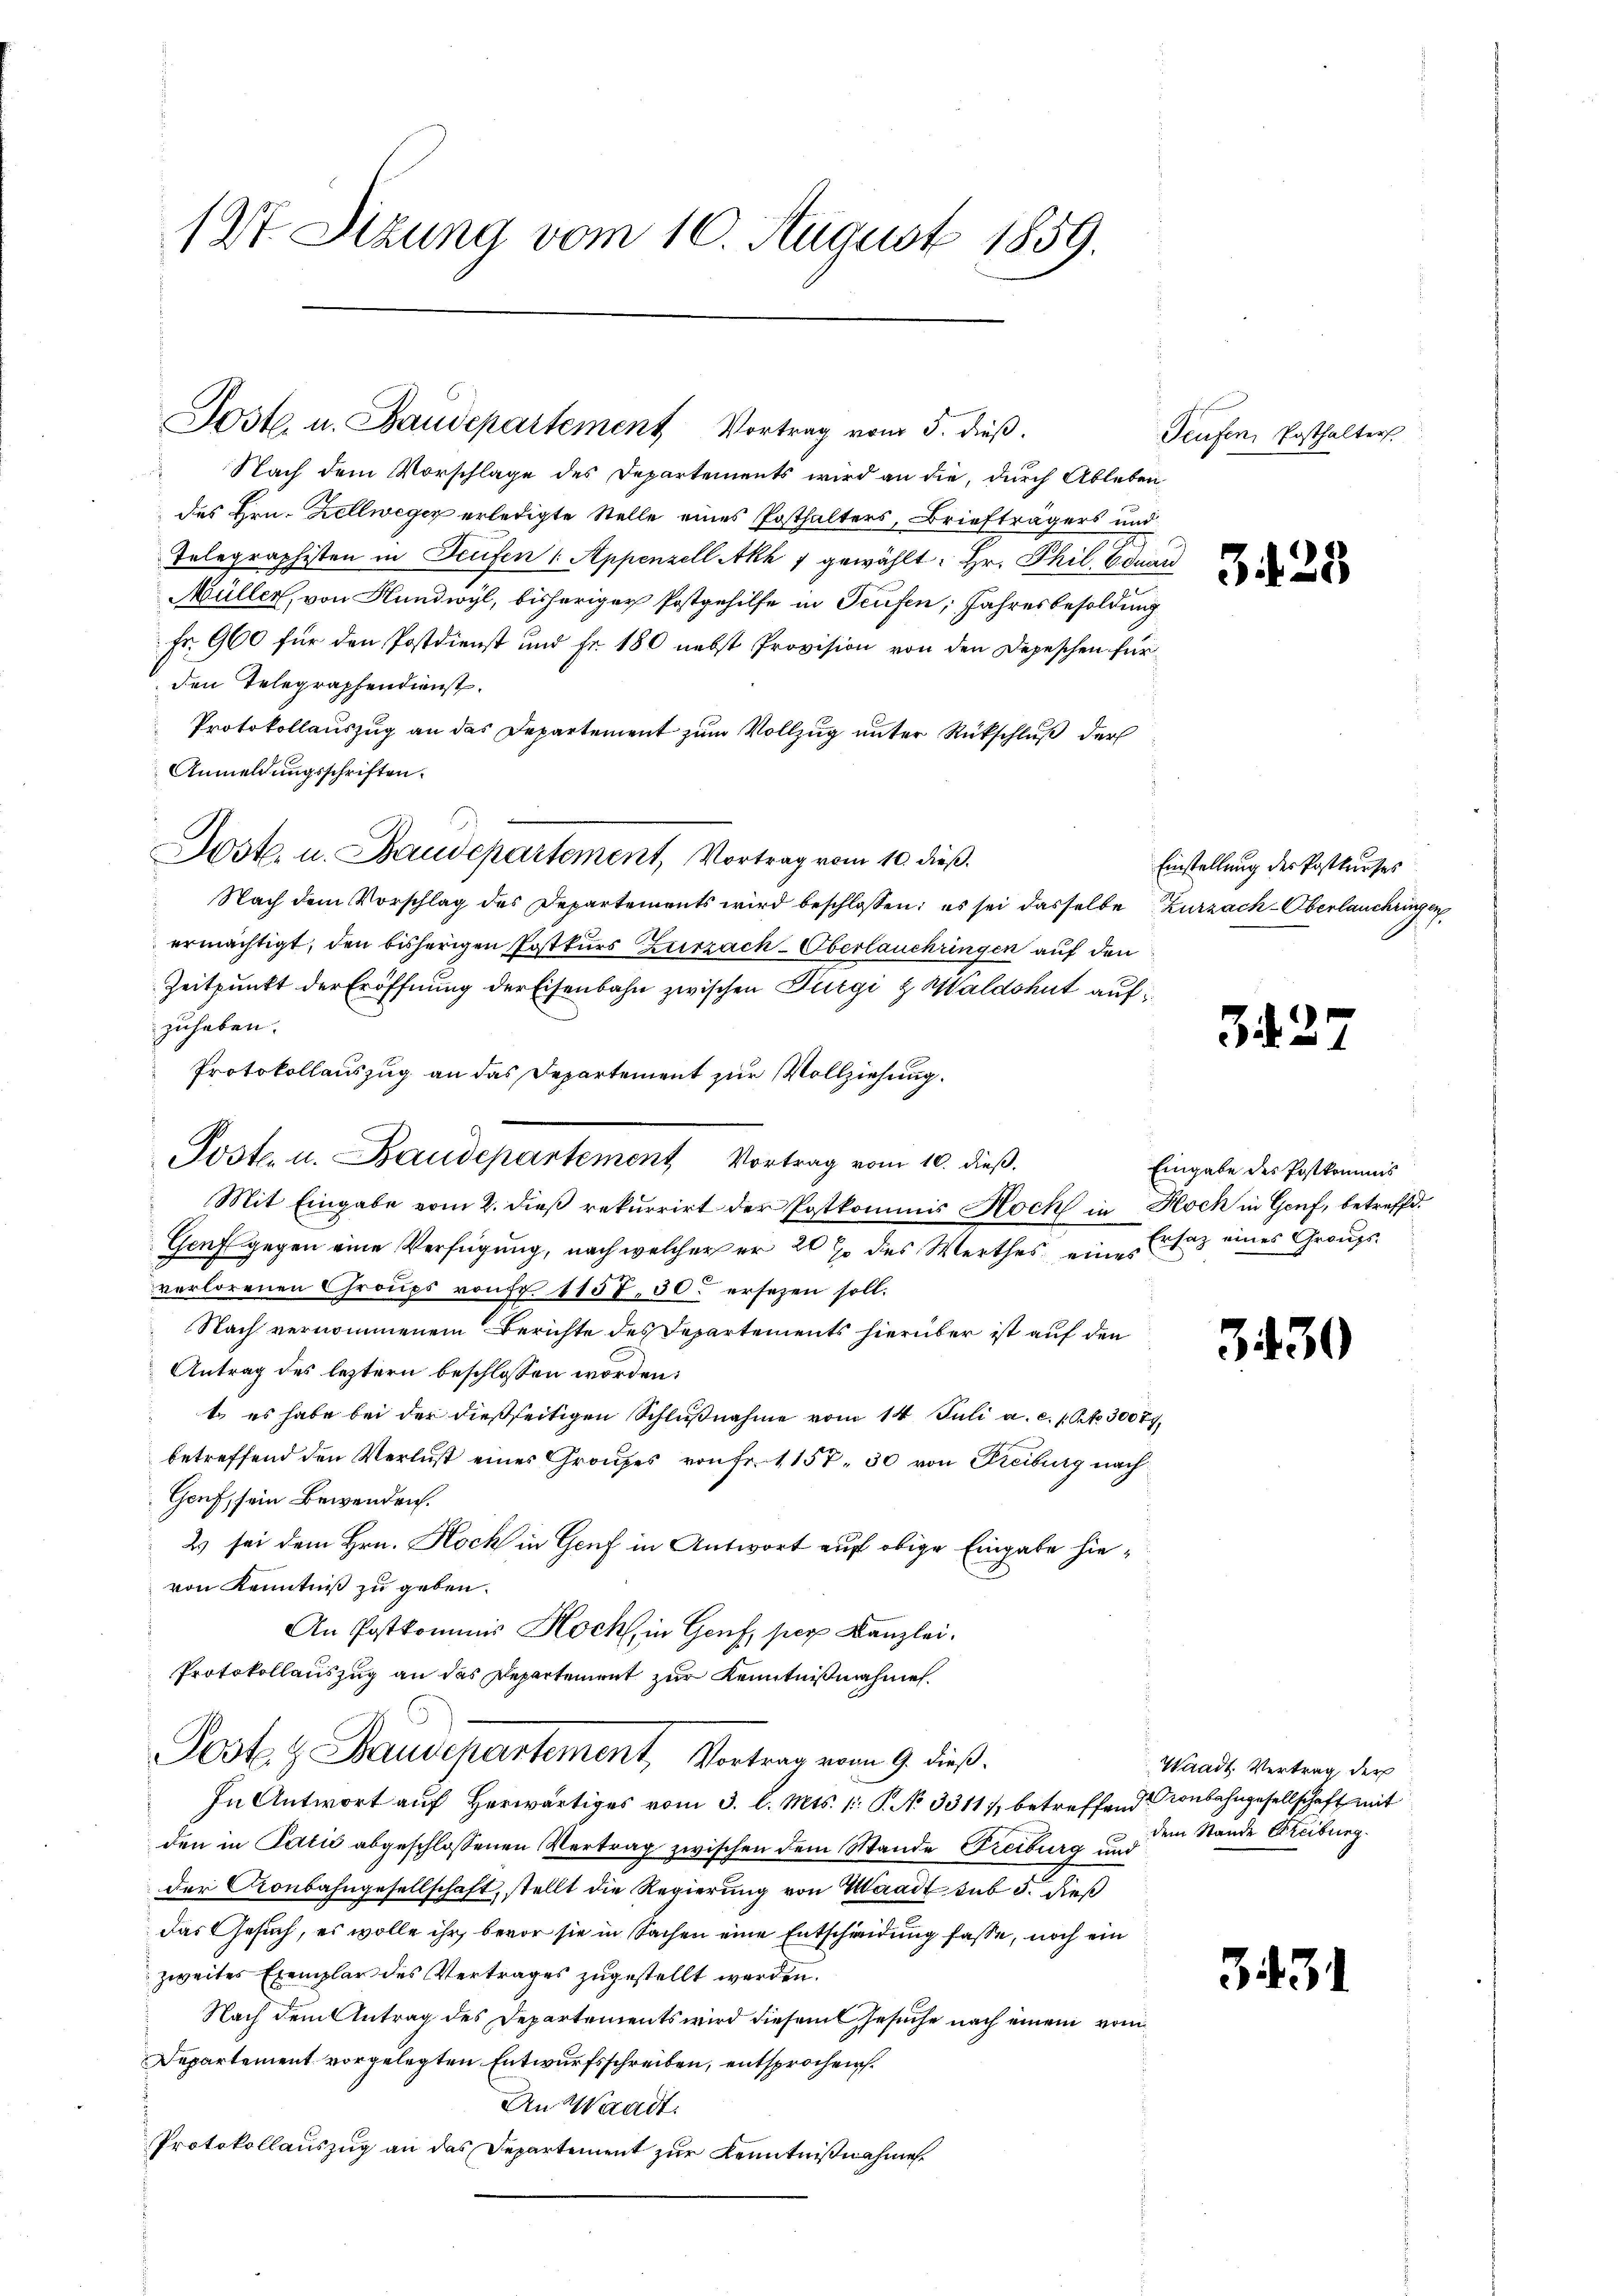
1 St. Sitzung vom 10. August 1859.

Poste. u. Baudepartement Vortrag vom 5. dieβ.

Nach dem Vorschlage des Departements wird an die, durch Ableben
des Hrn. Zellweger erledigte Stelle eines Posthalters, Briefträgers und
Telegraphisten in Teufen ( Appenzell Akh 7 gewählt: Hr. Phil. Vom
Müller, von Hundwyl, bisheriger Postgehilfe in Teufen, Jahresbesoldung
Fr. 900 für den Postdienst und Fr. 180 nebst Provision von den Depeschen für
den Telegraphendienst.
Protokollauszug an das Departement zum Vollzug unter Rückschluß der
Anmeldungsschriften.
Nach dem Vorschlag des Departements wird beschlossen; es sei dasselbe
ermächtigt, den bisherigen Postkurs Zurzach Oberlauchungen auf den
Zeitpunkt der Eröffnung der Eisenbahn zwischen Dürgi & Waldshut auf
zuhaben.
Protokollauszug an das Departement zur Vollziehung.
Mit Eingabe vom 2. dieß rekurrirt der Postkommis Hoch in Hoch in Genf, betreffd.
Genf gegen eine Verfügung, nach welcher er 20 % des Werthes eine Ersatz eines Graupsverlorenen Groŭps von Fr. 1157. 30. ersezen soll.
Nach vernommenem Berichte des Departements hierüber ist auf den
Antrag des leztern beschlossen worden:
Er es habe bei der dießseitigen Schlußnahme vom 14. Juli a. c. s. S. 3007
betreffend den Verlust eines Grauses von Fr. 1157. 30 von Freiburg nach
Genf, sein Bewenden.
2 sei dem Hrn. Koch in Genf in Antwort auf obige Eingabe hievon Kenntniß zu geben.
An Postkommis Hoch, in Genf, per Kanzlei.
Protokollauszug an das Departement zur Kenntnißnahmen.
Poste. H. Baudepartement, Vortrag vom 9. dieß.
In Antwort auf herwärtiges vom 3. l. Mts. 1. P. No 3311, betreffendenbahngesellschaft mit
den in Talić abgeschlossenen Vertrag zwischen dem Stande Freiburg und
der Gonbahngesellschaft, stellt die Regierung von Waadt sub 5. dieß
das Gesuch, es wolle ihr, bevor sie in Sachen eine Entschreidung fasse, noch ein
zweites Exemplar des Vertrages zugestellt werden.
Nach dem Antrag des Departements wird diesem Gesuche nach einem vom
Departement vorgelegten Entwurfsschreiben, entsprochen.
An Waadt.
Protokollauszug an das Departement zur Kenntnißnahme

Dost. u. Baudepartement, Vortrag vom 10. dieß.

Poste. u. Baudepartement Vortrag vom 10. dieß.

Teufen, Posthalter
d

and
9

3

3

23

Einstellung der Postkurses
Zurzach-Oberlanchringen

Eingabe des Postkommnis

3430

Waadt. Vertrag der
dem Stande Ereiburg.

3431